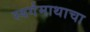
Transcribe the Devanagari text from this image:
स्वर्गमाथाचा